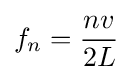
f_{n}={\frac {nv}{2L}}